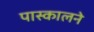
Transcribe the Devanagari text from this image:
पास्कालने